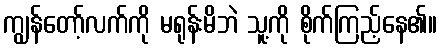
ကျွန်တော့်လက်ကို မရုန်းမိဘဲ သူ့ကို စိုက်ကြည့်နေ၏။